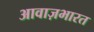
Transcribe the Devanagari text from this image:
आवाज़भारत